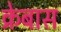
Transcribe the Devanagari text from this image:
क्रेबास